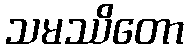
သမဿိတော